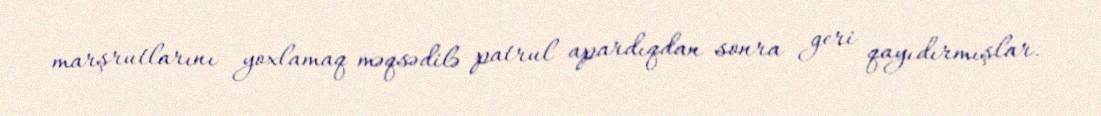
marşrutlarını yoxlamaq məqsədilə patrul apardıqdan sonra geri qayıdırmışlar.